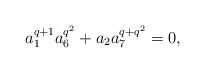
LaTeX: \begin{align*}a_1^{q+1}a_6^{q^2}+a_2a_7^{q+q^2}=0,\end{align*}